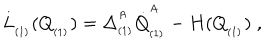
L _ { _ { ( 1 ) } } ( Q _ { _ { ( 1 ) } } ) = \Delta _ { _ { ( 1 ) } } ^ { ^ A } \dot { Q } _ { _ { ( 1 ) } } ^ { ^ A } - H ( Q _ { _ { ( 1 ) } } ) \; ,